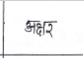
मजकूर: अक्षर